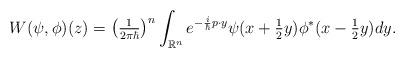
LaTeX: \begin{align*}W(\psi,\phi)(z)=\left( \tfrac{1}{2\pi\hbar}\right) ^{n}\int_{\mathbb{R}^{n}}e^{-\frac{i}{\hbar}p\cdot y}\psi(x+\tfrac{1}{2}y)\phi^{\ast}(x-\tfrac{1}{2}y)dy.\end{align*}